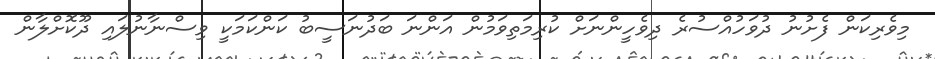
މިވެރިކަން ފެށުނު ދުވަހުއްސުރެ ދިވެހީންނަށް ކުރިމަތިވަމުން އަންނަ ބަދުނަސީބު ކަންކަމަކީ ވިސްނާނުލައި ދޫކޮށްލާން